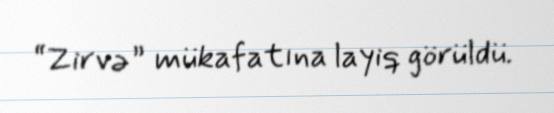
“Zirvə” mükafatına layiq görüldü.